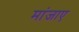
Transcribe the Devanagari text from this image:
मांजाए